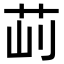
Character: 𦭣